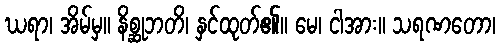
ဃရာ၊ အိမ်မှ။ နိစ္ဆုဘတိ၊ နှင်ထုတ်၏။ မေ၊ ငါအား။ သရဏတော၊